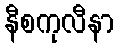
နီစကုလီနာ